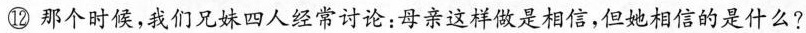
⑫那个时候，我们兄妹四人经常讨论：母亲这样做是相信，但她相信的是什么?